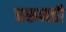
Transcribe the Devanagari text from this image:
घरूनही